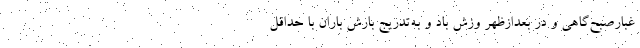
غبارصبح‌گاهی و در بعدازظهر وزش باد و به‌تدریج بارش باران با حداقل